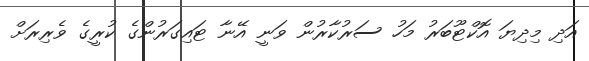
އަދި މިދިޔަ އޮކްޓޫބަރު މަހު ސަރުކާރުން ވަނީ އޭނާ ޓައިގަރުންގެ ކުރީގެ ވެރިރަށް